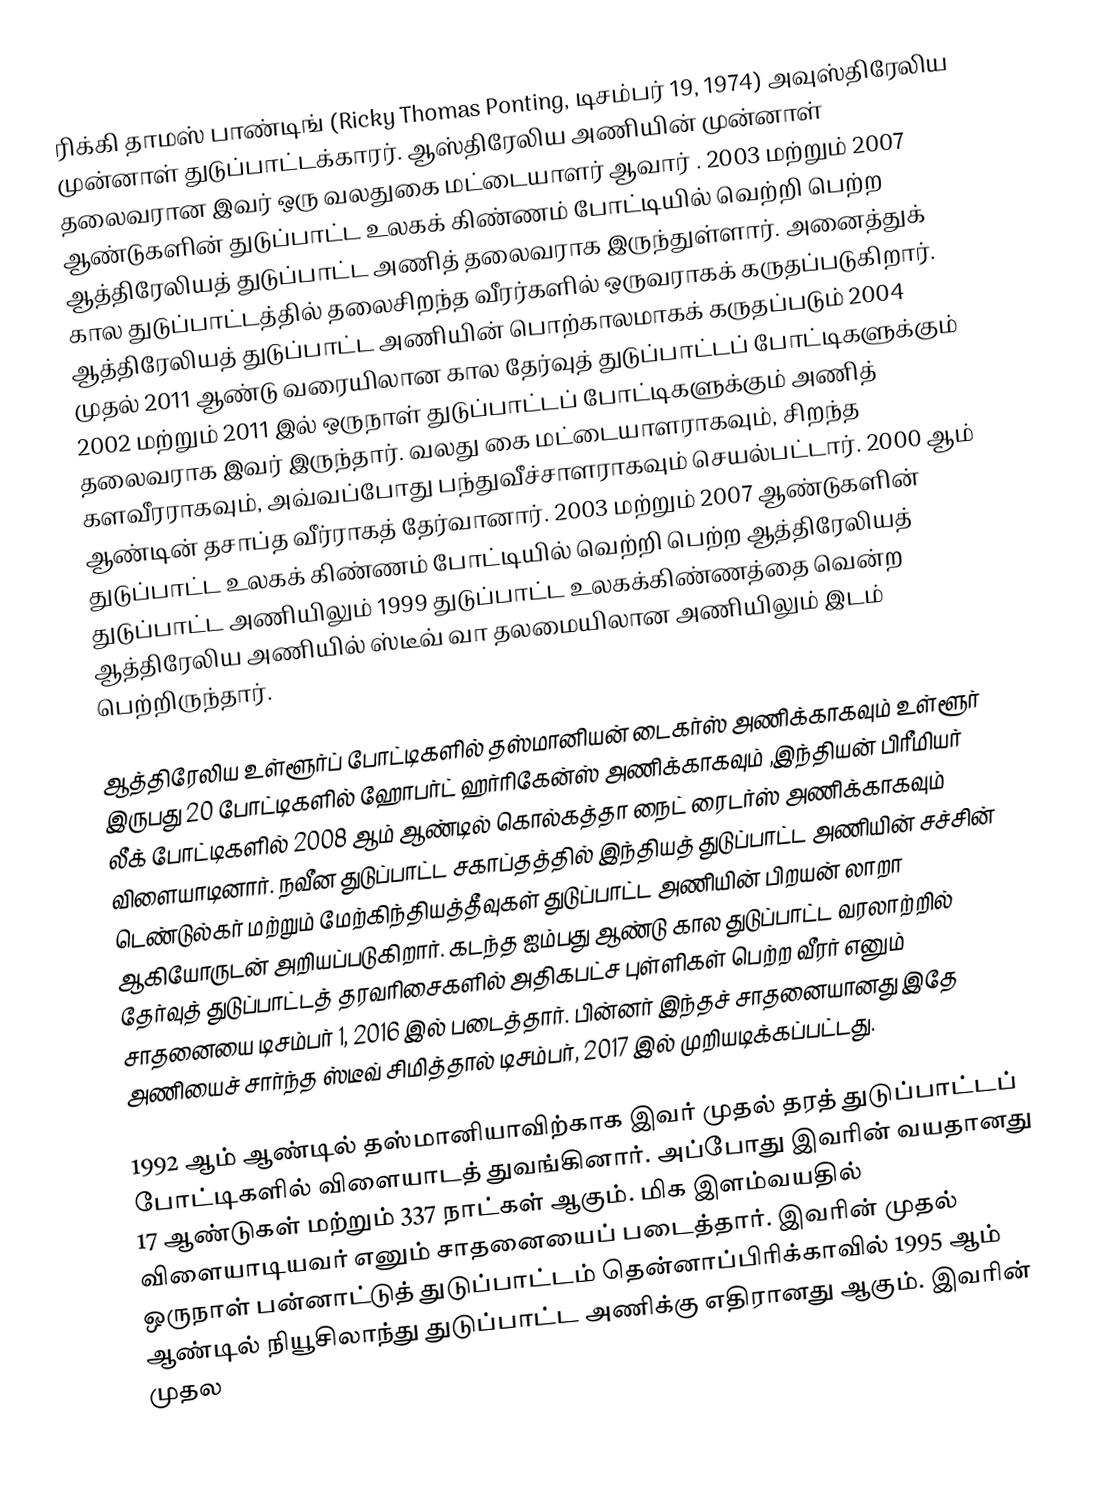
ரிக்கி தாமஸ் பாண்டிங் (Ricky Thomas Ponting, டிசம்பர் 19, 1974) அவுஸ்திரேலிய முன்னாள் துடுப்பாட்டக்காரர். ஆஸ்திரேலிய அணியின் முன்னாள் தலைவரான இவர் ஒரு வலதுகை மட்டையாளர் ஆவார் . 2003 மற்றும் 2007 ஆண்டுகளின் துடுப்பாட்ட உலகக் கிண்ணம் போட்டியில் வெற்றி பெற்ற ஆத்திரேலியத் துடுப்பாட்ட அணித் தலைவராக இருந்துள்ளார். அனைத்துக் கால துடுப்பாட்டத்தில் தலைசிறந்த வீரர்களில் ஒருவராகக் கருதப்படுகிறார். ஆத்திரேலியத் துடுப்பாட்ட அணியின் பொற்காலமாகக் கருதப்படும் 2004 முதல் 2011 ஆண்டு வரையிலான கால தேர்வுத் துடுப்பாட்டப் போட்டிகளுக்கும் 2002 மற்றும் 2011 இல் ஒருநாள் துடுப்பாட்டப் போட்டிகளுக்கும் அணித் தலைவராக இவர் இருந்தார். வலது கை மட்டையாளராகவும், சிறந்த களவீரராகவும், அவ்வப்போது பந்துவீச்சாளராகவும் செயல்பட்டார். 2000 ஆம் ஆண்டின் தசாப்த வீர்ராகத் தேர்வானார். 2003 மற்றும் 2007 ஆண்டுகளின் துடுப்பாட்ட உலகக் கிண்ணம் போட்டியில் வெற்றி பெற்ற ஆத்திரேலியத் துடுப்பாட்ட அணியிலும் 1999 துடுப்பாட்ட உலகக்கிண்ணத்தை வென்ற ஆத்திரேலிய அணியில் ஸ்டீவ் வா தலமையிலான அணியிலும் இடம் பெற்றிருந்தார்.

ஆத்திரேலிய உள்ளூர்ப் போட்டிகளில் தஸ்மானியன் டைகர்ஸ் அணிக்காகவும் உள்ளூர் இருபது 20 போட்டிகளில் ஹோபர்ட் ஹர்ரிகேன்ஸ்  அணிக்காகவும்  ,இந்தியன் பிரீமியர் லீக் போட்டிகளில் 2008 ஆம் ஆண்டில் கொல்கத்தா நைட் ரைடர்ஸ் அணிக்காகவும் விளையாடினார். நவீன துடுப்பாட்ட சகாப்தத்தில் இந்தியத் துடுப்பாட்ட அணியின் சச்சின் டெண்டுல்கர் மற்றும் மேற்கிந்தியத்தீவுகள் துடுப்பாட்ட அணியின் பிறயன் லாறா ஆகியோருடன் அறியப்படுகிறார். கடந்த ஐம்பது ஆண்டு கால துடுப்பாட்ட வரலாற்றில் தேர்வுத் துடுப்பாட்டத் தரவரிசைகளில் அதிகபட்ச புள்ளிகள் பெற்ற வீரர் எனும் சாதனையை டிசம்பர் 1, 2016 இல் படைத்தார். பின்னர் இந்தச் சாதனையானது இதே அணியைச் சார்ந்த ஸ்டீவ் சிமித்தால் டிசம்பர், 2017 இல் முறியடிக்கப்பட்டது.

1992 ஆம் ஆண்டில் தஸ்மானியாவிற்காக  இவர் முதல் தரத் துடுப்பாட்டப் போட்டிகளில் விளையாடத் துவங்கினார். அப்போது இவரின் வயதானது 17 ஆண்டுகள் மற்றும் 337 நாட்கள் ஆகும். மிக இளம்வயதில் விளையாடியவர் எனும் சாதனையைப் படைத்தார். இவரின் முதல் ஒருநாள் பன்னாட்டுத் துடுப்பாட்டம் தென்னாப்பிரிக்காவில் 1995 ஆம் ஆண்டில்  நியூசிலாந்து துடுப்பாட்ட அணிக்கு எதிரானது ஆகும். இவரின் முதல